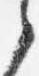
之